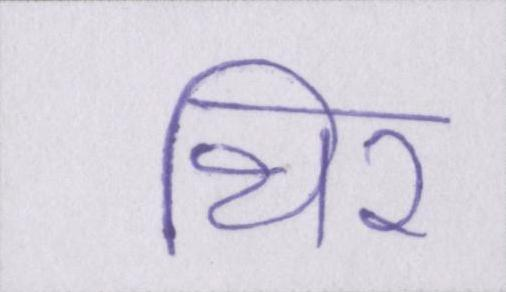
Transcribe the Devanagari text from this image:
थिर